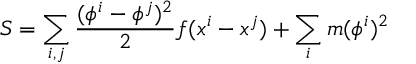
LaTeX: S = \sum _ { i , j } { \frac { ( \phi ^ { i } - \phi ^ { j } ) ^ { 2 } } { 2 } } f ( x ^ { i } - x ^ { j } ) + \sum _ { i } m ( \phi ^ { i } ) ^ { 2 }